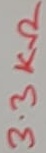
Text: 3.3KΩ